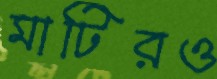
মাটিরও